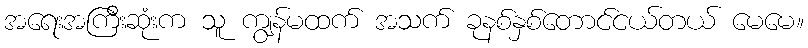
အရေးအကြီးဆုံးက သူ ကျွန်မထက် အသက် ခုနစ်နှစ်တောင်ငယ်တယ် မေမေ။